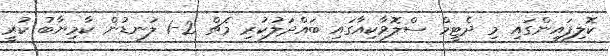
ކޮލިފައިންގައި މި ދެޓީމް ސްލޮވާކިއާގައި ބައްދަލުކުރި މެޗް 2-1 ލަނޑުން ކާމިޔާބު ކުރީ